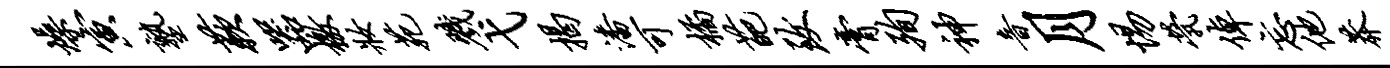
燥寅塾蔌器檄妆苑戮弋揭潘可橘葩致膏殉神音月惕茕倬忘他莽